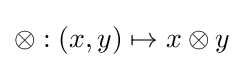
{\otimes }:(x,y)\mapsto x\otimes y